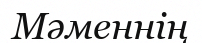
Мәменнің